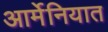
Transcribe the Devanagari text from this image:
आर्मेनियात